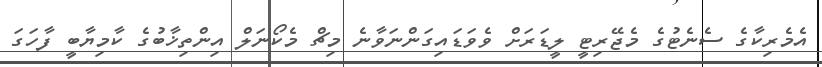
އެމެރިކާގެ ސެނެޓުގެ މެޖޭރިޓީ ލީޑަރަށް ވެވަޑައިގަންނަވާނެ މިޗް މެކޯނަލް އިންތިޚާބުގެ ކާމިޔާބީ ފާހަގަ